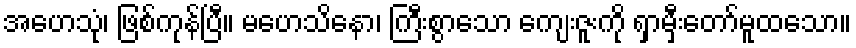
အဟေသုံ၊ ဖြစ်ကုန်ပြီ။ မဟေသိနော၊ ကြီးစွာသော ကျေးဇူးကို ရှာမှီးတော်မူထသော။